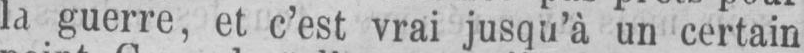
la guerre, et c’est vrai jusqu’à un certain